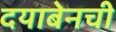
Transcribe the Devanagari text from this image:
दयाबेनची